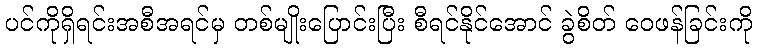
ပင်ကိုရှိရင်းအစီအရင်မှ တစ်မျိုးပြောင်းပြီး စီရင်နိုင်အောင် ခွဲစိတ် ဝေဖန်ခြင်းကို